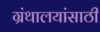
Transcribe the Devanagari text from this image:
ग्रंथालयांसाठी